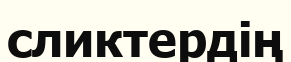
сликтердің